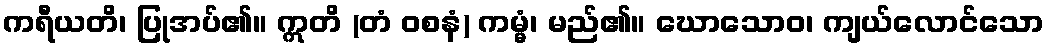
ကရီယတိ၊ ပြုအပ်၏။ ဣတိ (တံ ဝစနံ) ကမ္မံ၊ မည်၏။ ဃောသောဝ၊ ကျယ်လောင်သော